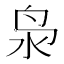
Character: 𮹔